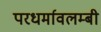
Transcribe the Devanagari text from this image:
परधर्मावलम्बी